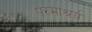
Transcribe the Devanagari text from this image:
परमाश्रर्य